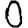
Digit: 0